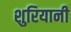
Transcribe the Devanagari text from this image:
शुरियानी